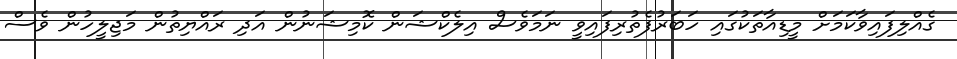
ގެއްލިފައިވާކަމަށް މީޑިއާތަކުގައި ހަބަރުފެތުރިފައިވީ ނަމަވެސް އިލެކްޝަން ކޮމިޝަނުން އަދި ރައްޔިތުން މަޖިލީހުން ވެސް